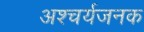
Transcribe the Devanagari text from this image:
अश्चर्यजनक